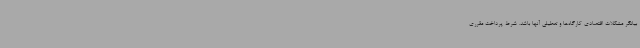
بیانگر مشکلات اقتصادی کارگاه‌ها و تعطیلی آنها باشد. شرط پرداخت مقرری